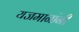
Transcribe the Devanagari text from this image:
यजमानांनी